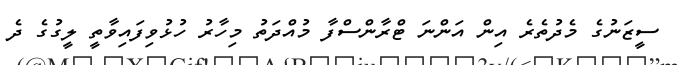
ސީޒަނުގެ މެދުތެރެ އިން އަންނަ ޓްރާންސްފާ މުއްދަތު މިހާރު ހުޅުވިފައިވާތީ ލީގުގެ ދެ